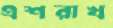
এশরাখ